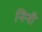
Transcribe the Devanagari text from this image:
निनी